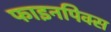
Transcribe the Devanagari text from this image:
फाइनपिक्स